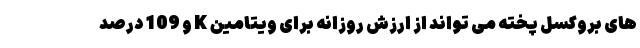
های بروکسل پخته می تواند از ارزش روزانه برای ویتامین K و 109 درصد